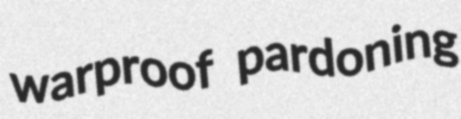
warproof pardoning